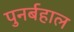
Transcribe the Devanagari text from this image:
पुनर्बहाल